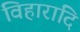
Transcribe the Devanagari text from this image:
विहारादि